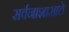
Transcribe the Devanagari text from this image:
सर्वनाशासाठे